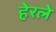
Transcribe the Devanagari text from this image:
हेरलेे